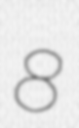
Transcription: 8